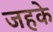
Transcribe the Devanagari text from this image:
जहके